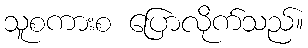
သူစကားစ ပြောလိုက်သည်။